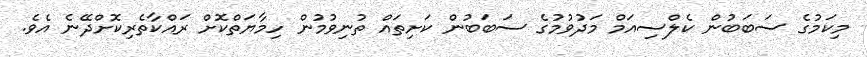
މިކަމުގެ ސަބަބުން ކެލްސިއަމް މަދުވުމުގެ ސަބަބުން ކަށިތައް ތުނިވުމުން ހިމާޔަތްކޮށް ރައްކާތެރިކޮށްދޭނެ އެވެ.